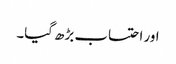
اور احتساب بڑھ گیا۔